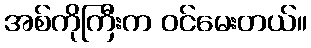
အစ်ကိုကြီးက ဝင်မေးတယ်။